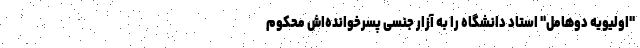
"اولیویه دوهامل" استاد دانشگاه را به آزار جنسی پسرخوانده‌اش محکوم